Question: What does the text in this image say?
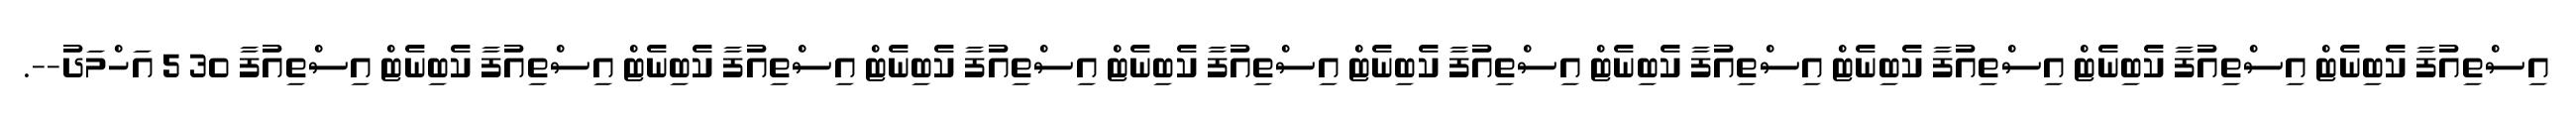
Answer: އިސްތިއުފާ ކެބިނެޓް އިސްތިއުފާ ކެބިނެޓް އިސްތިއުފާ ކެބިނެޓް އިސްތިއުފާ ކެބިނެޓް އިސްތިއުފާ ކެބިނެޓް އިސްތިއުފާ ކެބިނެޓް އިސްތިއުފާ ކެބިނެޓް އިސްތިއުފާ ކެބިނެޓް އިސްތިއުފާ ކެބިނެޓް އިސްތިއުފާ 30 5 އަހްމަދު--.